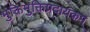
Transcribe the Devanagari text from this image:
भुक्तिमुक्तिप्रदायकम्